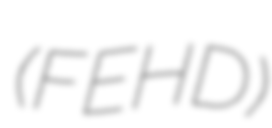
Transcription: (FEHD)